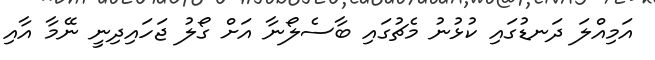
އަމިއްލަ ދަނޑުގައި ކުޅުނު މެޗުގައި ބާސެލޯނާ އަށް ގޯލު ޖަހައިދިނީ ނޭމާ އާއި